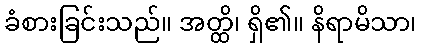
ခံစားခြင်းသည်။ အတ္ထိ၊ ရှိ၏။ နိရာမိသာ၊